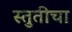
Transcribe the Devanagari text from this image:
स्तुतीचा